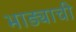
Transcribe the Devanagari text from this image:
भाड्याची